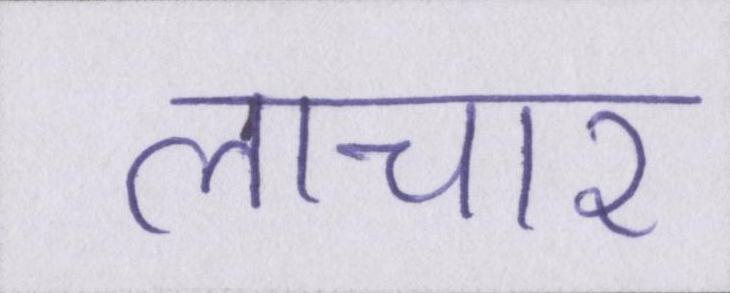
लाचार